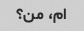
ام، من؟